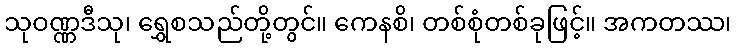
သုဝဏ္ဏဒီသု၊ ရွှေစသည်တို့တွင်။ ကေနစိ၊ တစ်စုံတစ်ခုဖြင့်။ အကတဿ၊